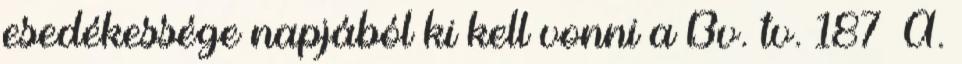
esedékessége napjából ki kell vonni a Bv. tv. 187 A.